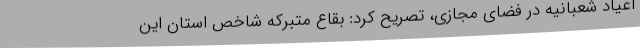
اعیاد شعبانیه در فضای مجازی، تصریح کرد: بقاع متبرکه شاخص استان این